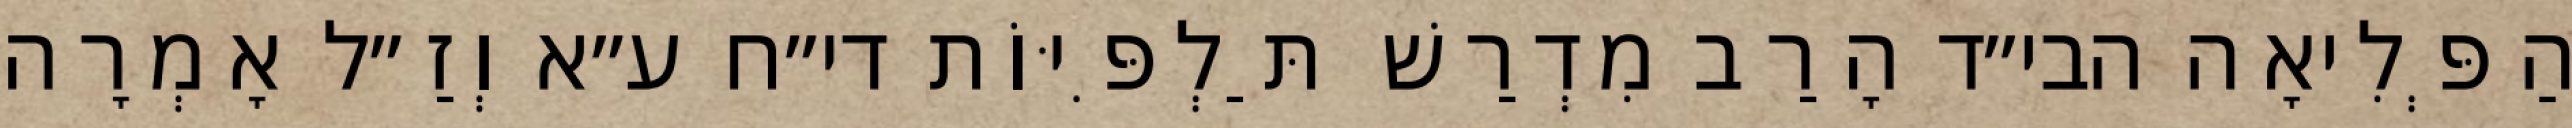
הַפְּלִיאָה הבי״ד הָרַב מִדְרַשׁ תַּלְפִּיּוֹת די״ח ע״א וְזַ״ל אָמְרָה